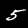
Digit: 5